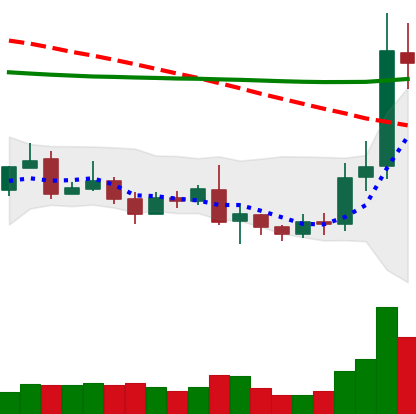
Ticker: ETC-USD
Chart end date: 2019-08-23
Forward return: -9.406%
Label: down_7plus